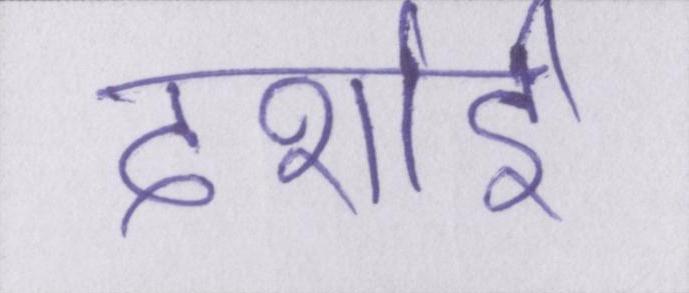
दर्शाई